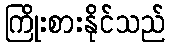
ကြိုးစားနိုင်သည်